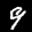
Label: 9